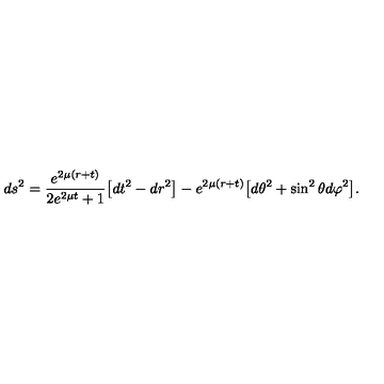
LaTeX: d s ^ { 2 } = \frac { e ^ { 2 \mu ( r + t ) } } { 2 e ^ { 2 \mu t } + 1 } \bigl [ d t ^ { 2 } - d r ^ { 2 } \bigr ] - e ^ { 2 \mu ( r + t ) } \bigl [ d \theta ^ { 2 } + \sin ^ { 2 } { \theta } d \varphi ^ { 2 } \bigr ] .